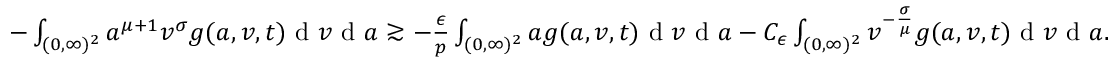
\begin{array} { r } { - \int _ { ( 0 , \infty ) ^ { 2 } } a ^ { \mu + 1 } v ^ { \sigma } g ( a , v , t ) \textup { d } v \textup { d } a \gtrsim - \frac { \epsilon } { p } \int _ { ( 0 , \infty ) ^ { 2 } } a g ( a , v , t ) \textup { d } v \textup { d } a - C _ { \epsilon } \int _ { ( 0 , \infty ) ^ { 2 } } v ^ { - \frac { \sigma } { \mu } } g ( a , v , t ) \textup { d } v \textup { d } a . } \end{array}